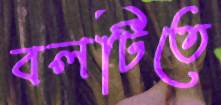
বলটিতে